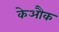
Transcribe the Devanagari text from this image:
केऔक